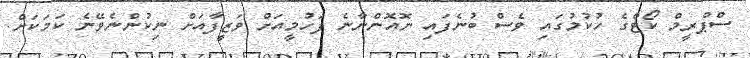
ސްޕްރީމް ކޯޓްގެ ހުކުމުގައި ވެސް ބުނެފައި ނޮއޮންނާނެ ފަހުމީއަށް ވަޒީފާއަށް ނިކުންނެވޭނެ ކަމަކަށް.